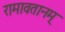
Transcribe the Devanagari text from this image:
रामावतानम्‌